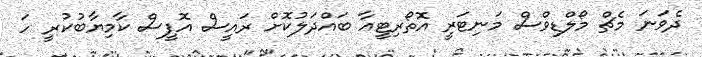
ދެވަނަ މެޗް މޯލްޑިވްސް މަނިޓަރީ އޮތޯރިޓީއާ ބައްދަލުކޮށް ރައީސް އޮފީސް ކާމިޔާބުކުރީ ހަ